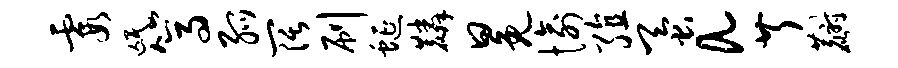
霞氓篙弧阔刷蜒麟冕愉殖蚕a芹麝